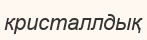
кристаллдық